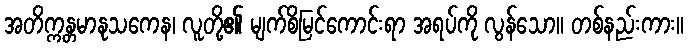
အတိက္ကန္တမာနုသကေန၊ လူတို့၏ မျက်စိမြင်ကောင်းရာ အရပ်ကို လွန်သော။ တစ်နည်းကား။